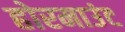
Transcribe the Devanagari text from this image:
होरमाउंट